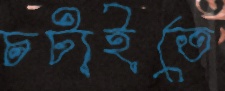
চটাইতে